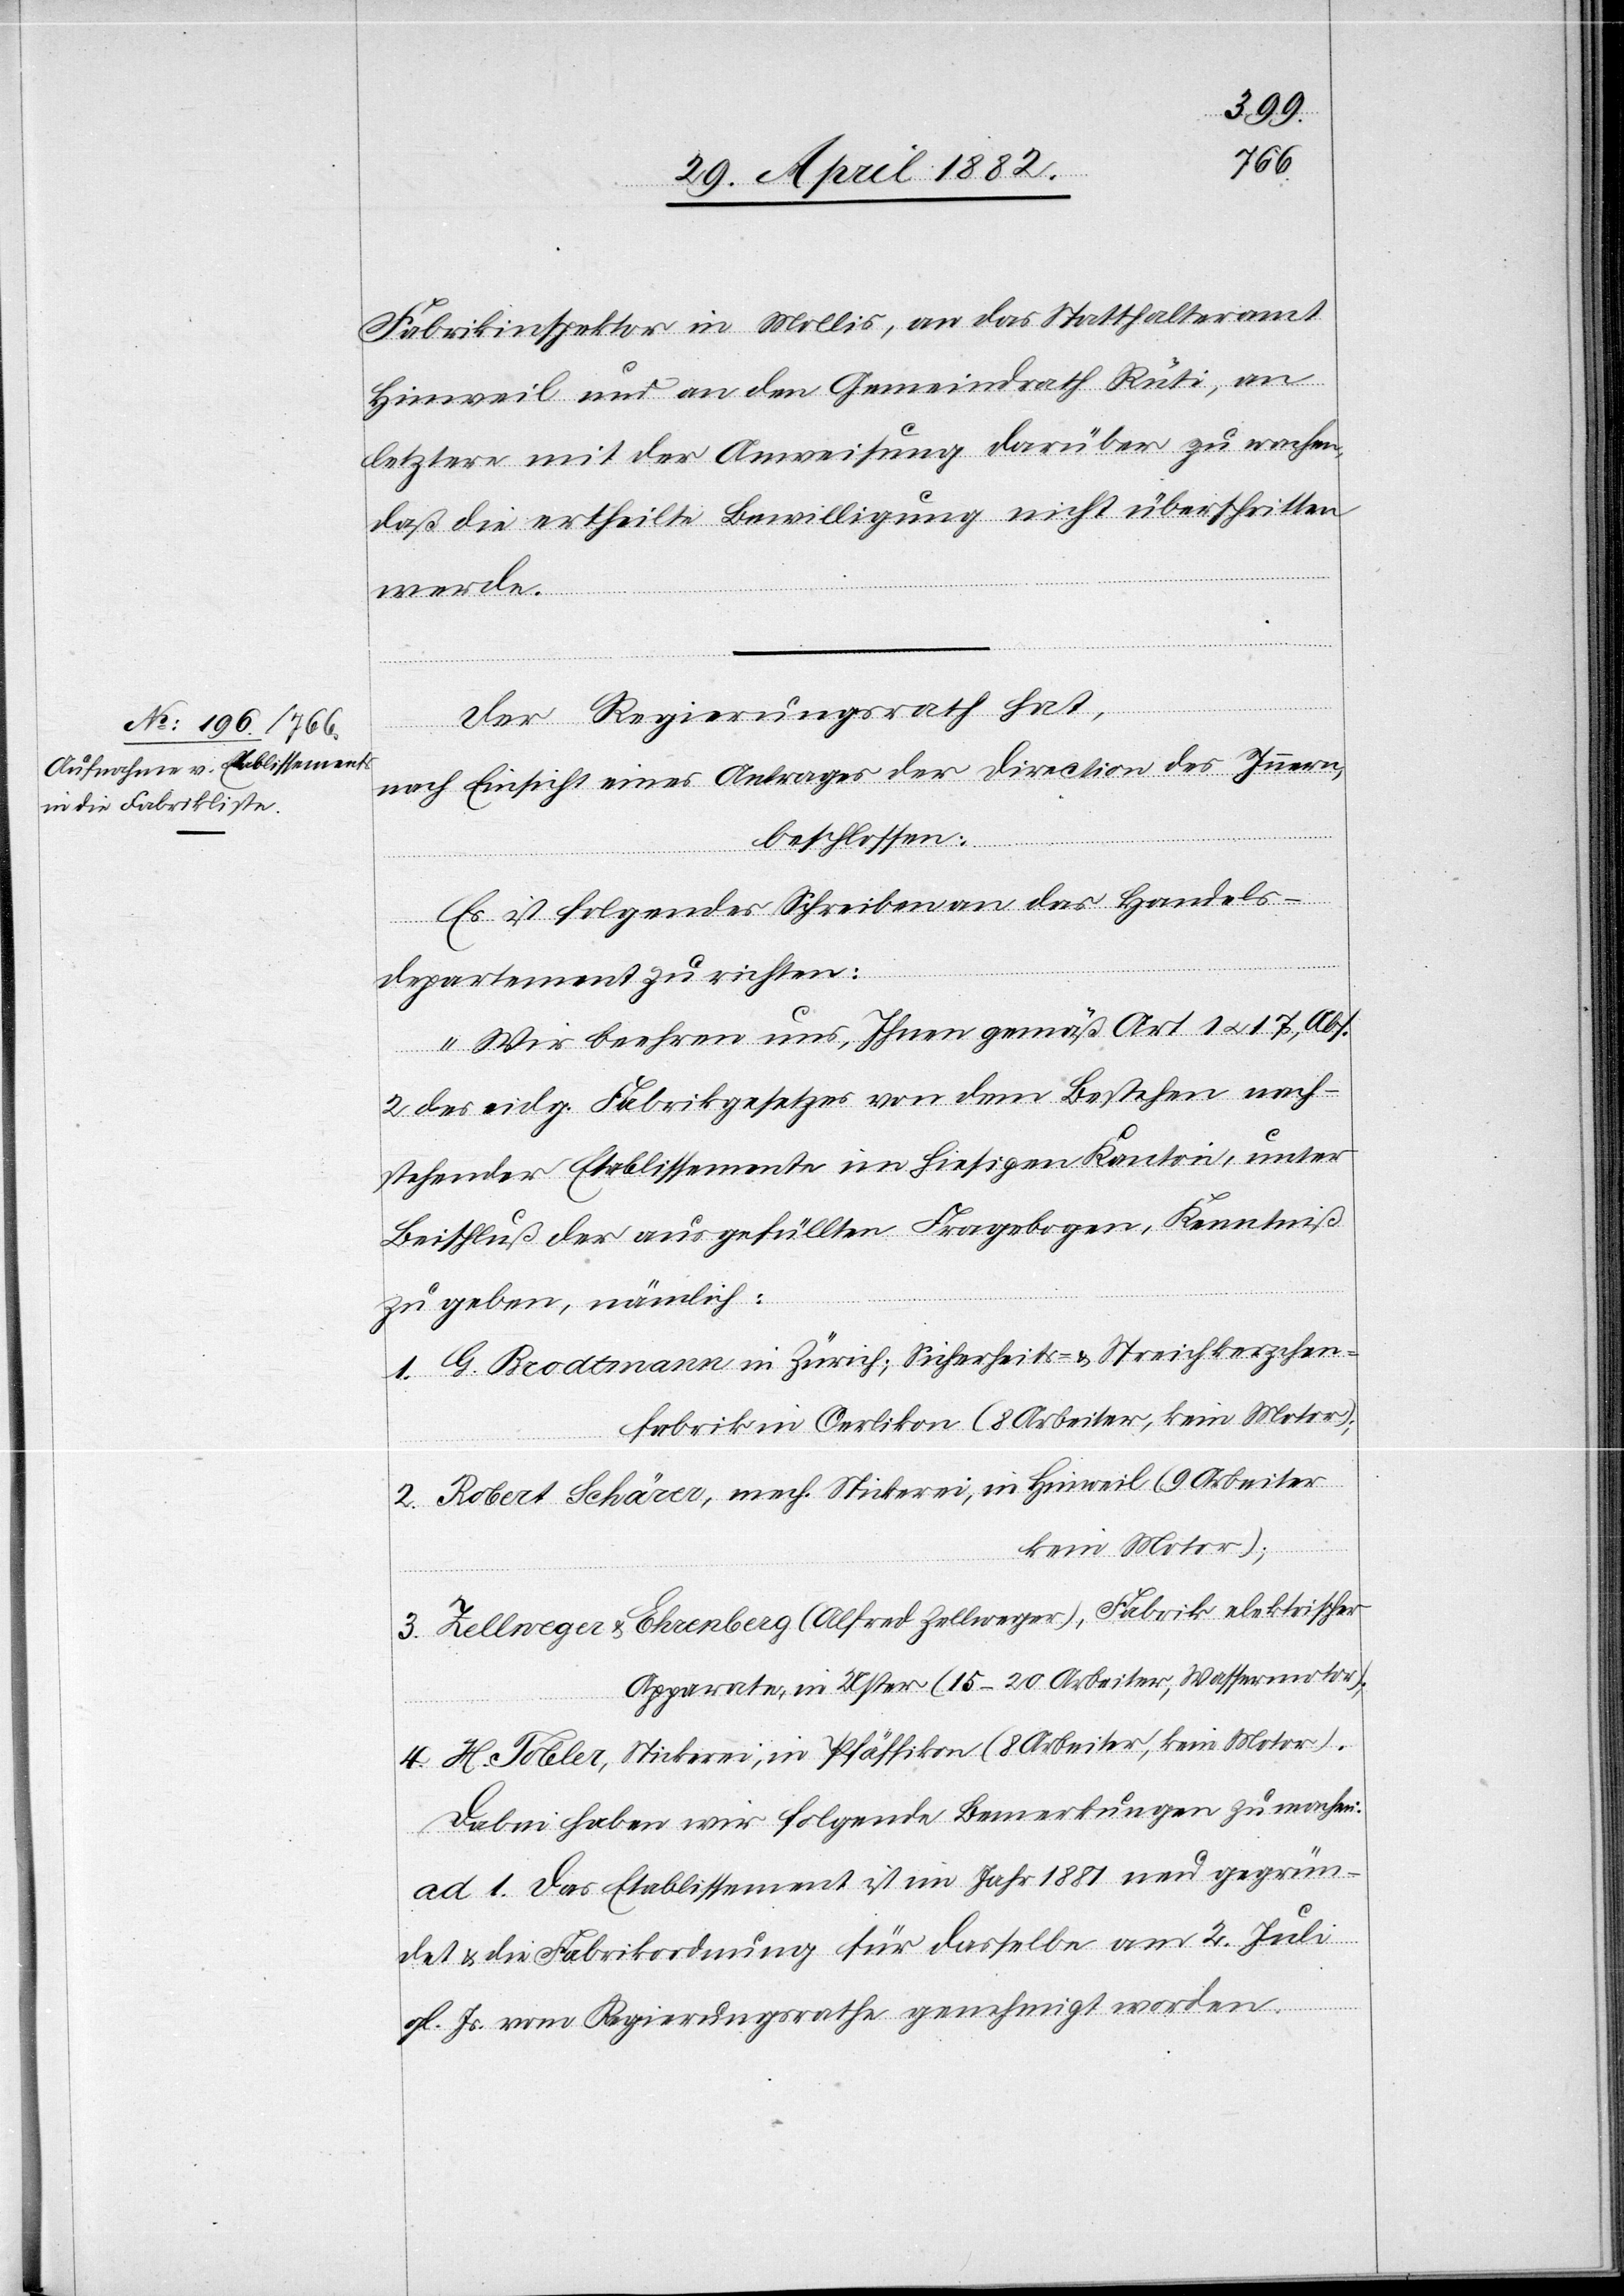
Fabrikinspektor in Mollis, an das Statthalteramt
Hinweil und an den Gemeindrath Rüti, an
letztere mit der Anweisung, darüber zu wachen,
daß die ertheilte Bewilligung nicht überschritten
werde.
Der Regierungsrath hat,
nach Einsicht eines Antrages der Direction des Innern,
beschlossen:
Es ist folgendes Schreiben an das Handels¬
departement zu richten:
„Wir beehren uns, Ihnen gemäß Art. 1 u. 17,
2 des eidg. Fabrikgesetzes von dem Bestehen nach¬
stehender Etablissemente im hiesigen Kanton, unter
Beischluß der ausgefüllten Fragebogen, Kenntniß
zu geben, nämlich:
1. G. Brodtmann in Zürich; Sicherheits- & Streichkerzche¬
n-Fabrik in Oerlikon (8 Arbeiter, kein Motor);
2. Robert Schärer, mech. Strickerei, in Hinweil (9 Arbeiter,
kein Motor);
3. Zellweger & Ehrenberg (Alfred Zellweger), Fabrik elektrischer
Apparate, in Uster (15–20 Arbeiter, Wassermotor);
4. H. Tobler, Stickerei, in Pfäffikon (8 Arbeiter, kein Motor).
Dabei haben wir folgende Bemerkungen zu machen:
ad 1. Das Etablissement ist im Jahr 1881 neu gegrün¬
det & die Fabrikordnung für dasselbe am 2. Juli
gl. Js. vom Regierungsrathe genehmigt worden.